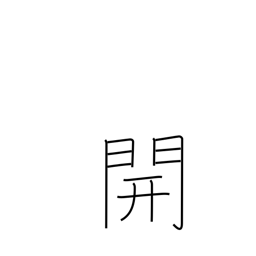
Meaning: open